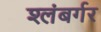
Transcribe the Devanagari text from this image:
श्लंबर्गर